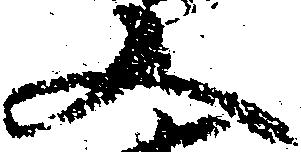
又